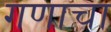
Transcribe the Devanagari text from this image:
गणाचा